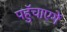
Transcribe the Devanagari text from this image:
पहुॅचाएगें